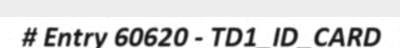
# Entry 60620 - TD1_ID_CARD